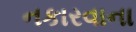
નકારવાના